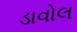
ડાવોલ